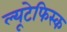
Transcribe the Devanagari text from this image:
ल्यूटेफिस्क